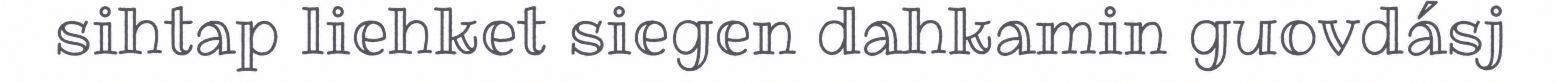
sihtap liehket siegen dahkamin guovdásj